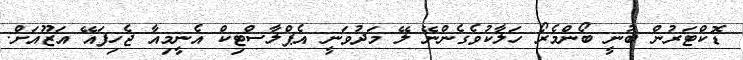
ޑޮކްޓަރުން ބުނީ ބޯންމެރޯ ހަލާކުވެގެންނޭ ލޭ މަދުވަނީ އެޕްލާސްޓިކް އެނީމިއާ ޖެހިފައޭ އަޒޫއަށް.